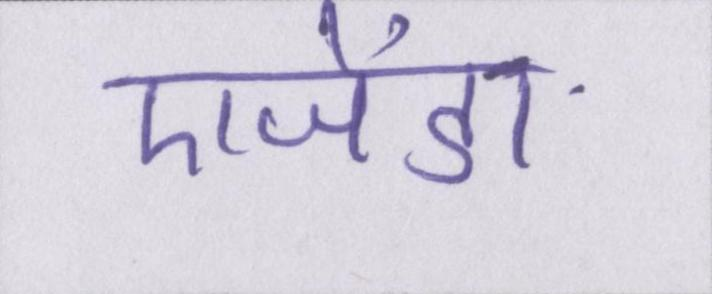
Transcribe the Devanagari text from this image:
एजेंडा